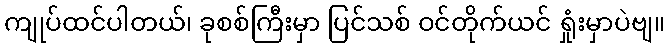
ကျုပ်ထင်ပါတယ်၊ ခုစစ်ကြီးမှာ ပြင်သစ် ဝင်တိုက်ယင် ရှုံးမှာပဲဗျ။